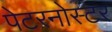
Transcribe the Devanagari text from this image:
पेटरनोस्टर